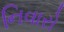
નિવારો